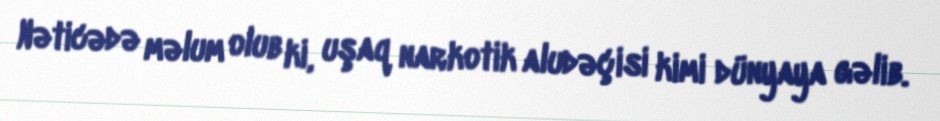
Nəticədə məlum olub ki, uşaq narkotik aludəçisi kimi dünyaya gəlib.